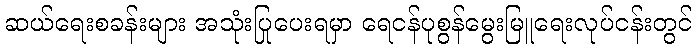
ဆယ်ရေးစခန်းများ အသုံးပြုပေးရမှာ ရေငန်ပုစွန်မွေးမြူရေးလုပ်ငန်းတွင်